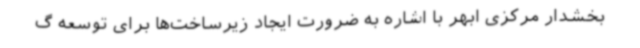
بخشدار مرکزی ابهر با اشاره به ضرورت ایجاد زیرساخت‌ها برای توسعه گ